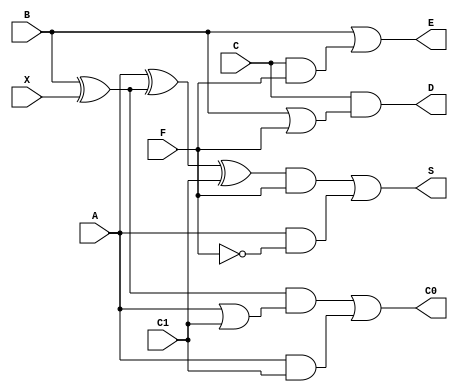
// arithmetic cell
module ac (input wire A, B, C, X, F, C1, output wire S, D, E, C0);
	assign S = ((A ^ (B ^ X) ^ C1) & F) | (A & ~F);
	assign C0 = ((B ^ X) & (A | C1)) | (A & C1);
	assign D = C & (B | F);
	assign E = B | (C & F);
endmodule


// control cell
module cc (input wire X, P, C0, output wire F);
	assign F = (C0 & X) | (P & ~X);
endmodule

// pipeline array
module gpca (input wire X, input wire [1:7] P, input wire [1:9] B, C, input wire [1:14] A, 
			output wire [1:7] F, output wire [1:15] S);

	wire [1:7]  FI;    
	wire [1:3]  C1;
	wire [1:5]  C2;
	wire [1:7]  C3;
	wire [1:9]  C4;
	wire [1:11] C5;
	wire [1:13] C6;
	wire [1:15] C7;
   	
   	wire [1:3]  S1;
   	wire [1:5]  S2;
   	wire [1:7]  S3;
   	wire [1:9]  S4;
   	wire [1:11] S5;
   	wire [1:13] S6;
   	wire [1:15] S7;

   	wire [1:3]  D1;
   	wire [1:5]  D2;
   	wire [1:7]  D3;
   	wire [1:9]  D4;
   	wire [1:11] D5;
   	wire [1:13] D6;
      
	wire [1:3]  E1;
	wire [1:5]  E2;
	wire [1:7]  E3;
	wire [1:9]  E4;
	wire [1:11] E5;
	wire [1:13] E6;
     
	assign F[1] =  C1[1];   
	assign F[2] =  C2[1];
	assign F[3] =  C3[1];
	assign F[4] =  C4[1];
	assign F[5] =  C5[1];
	assign F[6] =  C6[1];
	assign F[7] =  C7[1];

	assign S = S7;

	//control cells (X,P,C0 / F)
	cc cc1(X, P[1], C1[1], FI[1]);
	cc cc2(X, P[2], C2[1], FI[2]);
	cc cc3(X, P[3], C3[1], FI[3]);
	cc cc4(X, P[4], C4[1], FI[4]);
	cc cc5(X, P[5], C5[1], FI[5]);
	cc cc6(X, P[6], C6[1], FI[6]);
	cc cc7(X, P[7], C7[1], FI[7]);
		 
	// arithmetic cells of row 1
	ac ac11(.A(1'b0), .B(B[1]),.C(C[1]),.X(X),.F(FI[1]),.C1(C1[2]), .S(S1[1]), .D(D1[1]), .E(E1[1]),.C0(C1[1]));
	ac ac12(.A(A[1]), .B(B[2]),.C(C[2]),.X(X),.F(FI[1]),.C1(C1[3]), .S(S1[2]), .D(D1[2]), .E(E1[2]),.C0(C1[2]));
	ac ac13(.A(A[2]), .B(B[3]),.C(C[3]),.X(X),.F(FI[1]),.C1(X),.S(S1[3]), .D(D1[3]), .E(E1[3]),.C0(C1[3]));

	// arithmetic cells of row 2
	ac ac21(.A(S1[1]), .B(1'b0),.C(1'b0),.X(X),.F(FI[2]), .C1(C2[2]), .S(S2[1]), .D(D2[1]), .E(E2[1]),.C0(C2[1]));
	ac ac22(.A(S1[2]), .B(D1[1]), .C(E1[1]), .X(X),.F(FI[2]), .C1(C2[3]), .S(S2[2]), .D(D2[2]), .E(E2[2]),.C0(C2[2]));
	ac ac23(.A(S1[3]), .B(D1[2]), .C(E1[2]), .X(X),.F(FI[2]), .C1(C2[4]), .S(S2[3]), .D(D2[3]), .E(E2[3]),.C0(C2[3]));
	ac ac24(.A(A[3]), .B(D1[3]), .C(E1[3]), .X(X),.F(FI[2]),.C1(C2[5]), .S(S2[4]), .D(D2[4]), .E(E2[4]),.C0(C2[4]));
	ac ac25(.A(A[4]), .B(B[4]),.C(C[4]),.X(X),.F(FI[2]),.C1(X),.S(S2[5]), .D(D2[5]), .E(E2[5]),.C0(C2[5]));

	// arithmetic cells of row 3
	ac ac31(.A(S2[1]),.B(1'b0),.C(1'b0),.X(X),.F(FI[3]), .C1(C3[2]), .S(S3[1]), .D(D3[1]), .E(E3[1]),.C0(C3[1]));
	ac ac32(.A(S2[2]), .B(D2[1]), .C(E2[1]), .X(X),.F(FI[3]), .C1(C3[3]), .S(S3[2]), .D(D3[2]), .E(E3[2]),.C0(C3[2]));
	ac ac33(.A(S2[3]), .B(D2[2]), .C(E2[2]), .X(X),.F(FI[3]), .C1(C3[4]), .S(S3[3]), .D(D3[3]), .E(E3[3]),.C0(C3[3]));
	ac ac34(.A(S2[4]), .B(D2[3]), .C(E2[3]), .X(X),.F(FI[3]), .C1(C3[5]), .S(S3[4]), .D(D3[4]), .E(E3[4]),.C0(C3[4]));
	ac ac35(.A(S2[5]), .B(D2[4]), .C(E2[4]), .X(X),.F(FI[3]), .C1(C3[6]), .S(S3[5]), .D(D3[5]), .E(E3[5]),.C0(C3[5]));
	ac ac36(.A(A[5]), .B(D2[5]), .C(E2[5]), .X(X),.F(FI[3]),.C1(C3[7]), .S(S3[6]), .D(D3[6]), .E(E3[6]),.C0(C3[6]));
	ac ac37(.A(A[6]), .B(B[5]),.C(C[5]),.X(X),.F(FI[3]),.C1(X),.S(S3[7]), .D(D3[7]), .E(E3[7]),.C0(C3[7]));

	// arithmetic cells of row 4
	ac ac41(.A(S3[1]), .B(1'b0),.C(1'b0),.X(X),.F(FI[4]), .C1(C4[2]), .S(S4[1]), .D(D4[1]), .E(E4[1]),.C0(C4[1]));
	ac ac42(.A(S3[2]), .B(D3[1]), .C(E3[1]), .X(X),.F(FI[4]), .C1(C4[3]), .S(S4[2]), .D(D4[2]), .E(E4[2]),.C0(C4[2]));
	ac ac43(.A(S3[3]), .B(D3[2]), .C(E3[2]), .X(X),.F(FI[4]), .C1(C4[4]), .S(S4[3]), .D(D4[3]), .E(E4[3]),.C0(C4[3]));
	ac ac44(.A(S3[4]), .B(D3[3]), .C(E3[3]), .X(X),.F(FI[4]), .C1(C4[5]), .S(S4[4]), .D(D4[4]), .E(E4[4]),.C0(C4[4]));
	ac ac45(.A(S3[5]), .B(D3[4]), .C(E3[4]), .X(X),.F(FI[4]), .C1(C4[6]), .S(S4[5]), .D(D4[5]), .E(E4[5]),.C0(C4[5]));
	ac ac46(.A(S3[6]), .B(D3[5]), .C(E3[5]), .X(X),.F(FI[4]), .C1(C4[7]), .S(S4[6]), .D(D4[6]), .E(E4[6]),.C0(C4[6]));
	ac ac47(.A(S3[7]), .B(D3[6]), .C(E3[6]), .X(X),.F(FI[4]), .C1(C4[8]), .S(S4[7]), .D(D4[7]), .E(E4[7]),.C0(C4[7]));
	ac ac48(.A(A[7]), .B(D3[7]), .C(E3[7]), .X(X),.F(FI[4]),.C1(C4[9]), .S(S4[8]), .D(D4[8]), .E(E4[8]),.C0(C4[8]));
	ac ac49(.A(A[8]), .B(B[6]),.C(C[6]),.X(X),.F(FI[4]),.C1(X),.S(S4[9]), .D(D4[9]), .E(E4[9]),.C0(C4[9]));

	// arithmetic cells of row 5
	ac ac51(.A(S4[1]), .B(1'b0),.C(1'b0),.X(X),.F(FI[5]), .C1(C5[2]), .S(S5[1]), .D(D5[1]), .E(E5[1]),.C0(C5[1]));
	ac ac52(.A(S4[2]), .B(D4[1]), .C(E4[1]), .X(X),.F(FI[5]), .C1(C5[3]), .S(S5[2]), .D(D5[2]), .E(E5[2]),.C0(C5[2]));
	ac ac53(.A(S4[3]), .B(D4[2]), .C(E4[2]), .X(X),.F(FI[5]), .C1(C5[4]), .S(S5[3]), .D(D5[3]), .E(E5[3]),.C0(C5[3]));
	ac ac54(.A(S4[4]), .B(D4[3]), .C(E4[3]), .X(X),.F(FI[5]), .C1(C5[5]), .S(S5[4]), .D(D5[4]), .E(E5[4]),.C0(C5[4]));
	ac ac55(.A(S4[5]), .B(D4[4]), .C(E4[4]), .X(X),.F(FI[5]), .C1(C5[6]), .S(S5[5]), .D(D5[5]), .E(E5[5]),.C0(C5[5]));
	ac ac56(.A(S4[6]), .B(D4[5]), .C(E4[5]), .X(X),.F(FI[5]), .C1(C5[7]), .S(S5[6]), .D(D5[6]), .E(E5[6]),.C0(C5[6]));
	ac ac57(.A(S4[7]), .B(D4[6]), .C(E4[6]), .X(X),.F(FI[5]), .C1(C5[8]), .S(S5[7]), .D(D5[7]), .E(E5[7]),.C0(C5[7]));
	ac ac58(.A(S4[8]), .B(D4[7]), .C(E4[7]), .X(X),.F(FI[5]), .C1(C5[9]), .S(S5[8]), .D(D5[8]), .E(E5[8]),.C0(C5[8]));
	ac ac59(.A(S4[9]), .B(D4[8]), .C(E4[8]), .X(X),.F(FI[5]), .C1(C5[10]),.S(S5[9]), .D(D5[9]), .E(E5[9]),.C0(C5[9]));
	ac ac5a(.A(A[9]), .B(D4[9]), .C(E4[9]), .X(X),.F(FI[5]),.C1(C5[11]),.S(S5[10]), .D(D5[10]), .E(E5[10]),.C0(C5[10]));
	ac ac5b(.A(A[10]), .B(B[7]),.C(C[7]),.X(X),.F(FI[5]), .C1(X),.S(S5[11]), .D(D5[11]), .E(E5[11]),.C0(C5[11]));

	// arithmetic cells of row 6
	ac ac61(.A(S5[1]), .B(1'b0),.C(1'b0),.X(X),.F(FI[6]), .C1(C6[2]), .S(S6[1]), .D(D6[1]), .E(E6[1]),.C0(C6[1]));
	ac ac62(.A(S5[2]), .B(D5[1]), .C(E5[1]), .X(X),.F(FI[6]), .C1(C6[3]), .S(S6[2]), .D(D6[2]), .E(E6[2]),.C0(C6[2]));
	ac ac63(.A(S5[3]), .B(D5[2]), .C(E5[2]), .X(X),.F(FI[6]), .C1(C6[4]), .S(S6[3]), .D(D6[3]), .E(E6[3]),.C0(C6[3]));
	ac ac64(.A(S5[4]), .B(D5[3]), .C(E5[3]), .X(X),.F(FI[6]), .C1(C6[5]), .S(S6[4]), .D(D6[4]), .E(E6[4]),.C0(C6[4]));
	ac ac65(.A(S5[5]), .B(D5[4]), .C(E5[4]), .X(X),.F(FI[6]), .C1(C6[6]), .S(S6[5]), .D(D6[5]), .E(E6[5]),.C0(C6[5]));
	ac ac66(.A(S5[6]), .B(D5[5]), .C(E5[5]), .X(X),.F(FI[6]), .C1(C6[7]), .S(S6[6]), .D(D6[6]), .E(E6[6]),.C0(C6[6]));
	ac ac67(.A(S5[7]), .B(D5[6]), .C(E5[6]), .X(X),.F(FI[6]), .C1(C6[8]), .S(S6[7]), .D(D6[7]), .E(E6[7]),.C0(C6[7]));
	ac ac68(.A(S5[8]), .B(D5[7]), .C(E5[7]), .X(X),.F(FI[6]), .C1(C6[9]), .S(S6[8]), .D(D6[8]), .E(E6[8]),.C0(C6[8]));
	ac ac69(.A(S5[9]), .B(D5[8]), .C(E5[8]), .X(X),.F(FI[6]), .C1(C6[10]),.S(S6[9]), .D(D6[9]), .E(E6[9]),.C0(C6[9]));
	ac ac6a(.A(S5[10]), .B(D5[9]), .C(E5[9]), .X(X),.F(FI[6]), .C1(C6[11]),.S(S6[10]), .D(D6[10]), .E(E6[10]),.C0(C6[10]));
	ac ac6b(.A(S5[11]), .B(D5[10]), .C(E5[10]), .X(X),.F(FI[6]), .C1(C6[12]),.S(S6[11]), .D(D6[11]), .E(E6[11]),.C0(C6[11]));
	ac ac6c(.A(A[11]), .B(D5[11]), .C(E5[11]), .X(X),.F(FI[6]), .C1(C6[13]),.S(S6[12]), .D(D6[12]), .E(E6[12]),.C0(C6[12]));
	ac ac6d(.A(A[12]), .B(B[8]),.C(C[8]),.X(X),.F(FI[6]), .C1(X),.S(S6[13]), .D(D6[13]), .E(E6[13]),.C0(C6[13]));

	// arithmetic cells of row 7
	ac ac71(.A(S6[1]), .B(1'b0),.C(1'b0),.X(X),.F(FI[7]), .C1(C7[2]), .S(S7[1]), .D(), .E(),.C0(C7[1]));
	ac ac72(.A(S6[2]), .B(D6[1]), .C(E6[1]), .X(X),.F(FI[7]), .C1(C7[3]), .S(S7[2]), .D(), .E(),.C0(C7[2]));
	ac ac73(.A(S6[3]), .B(D6[2]), .C(E6[2]), .X(X),.F(FI[7]), .C1(C7[4]), .S(S7[3]), .D(), .E(),.C0(C7[3]));
	ac ac74(.A(S6[4]), .B(D6[3]), .C(E6[3]), .X(X),.F(FI[7]), .C1(C7[5]), .S(S7[4]), .D(), .E(),.C0(C7[4]));
	ac ac75(.A(S6[5]), .B(D6[4]), .C(E6[4]), .X(X),.F(FI[7]), .C1(C7[6]), .S(S7[5]), .D(), .E(),.C0(C7[5]));
	ac ac76(.A(S6[6]), .B(D6[5]), .C(E6[5]), .X(X),.F(FI[7]), .C1(C7[7]), .S(S7[6]), .D(), .E(),.C0(C7[6]));
	ac ac77(.A(S6[7]), .B(D6[6]), .C(E6[6]), .X(X),.F(FI[7]), .C1(C7[8]), .S(S7[7]), .D(), .E(),.C0(C7[7]));
	ac ac78(.A(S6[8]), .B(D6[7]), .C(E6[7]), .X(X), .F(FI[7]), .C1(C7[9]), .S(S7[8]), .D(),.E(),.C0(C7[8]));
	ac ac79(.A(S6[9]), .B(D6[8]), .C(E6[8]), .X(X), .F(FI[7]), .C1(C7[10]),.S(S7[9]), .D(),.E(),.C0(C7[9]));
	ac ac7a(.A(S6[10]), .B(D6[9]), .C(E6[9]), .X(X),.F(FI[7]), .C1(C7[11]),.S(S7[10]), .D(),.E(),.C0(C7[10]));
	ac ac7b(.A(S6[11]), .B(D6[10]), .C(E6[10]), .X(X), .F(FI[7]), .C1(C7[12]),.S(S7[11]), .D(), .E(),.C0(C7[11]));
	ac ac7c(.A(S6[12]), .B(D6[11]), .C(E6[11]), .X(X),.F(FI[7]), .C1(C7[13]),.S(S7[12]), .D(), .E(),.C0(C7[12]));
	ac ac7d(.A(S6[13]), .B(D6[12]), .C(E6[12]), .X(X),.F(FI[7]), .C1(C7[14]),.S(S7[13]), .D(), .E(),.C0(C7[13]));
	ac ac7e(.A(A[13]), .B(D6[13]), .C(E6[13]), .X(X),.F(FI[7]), .C1(C7[15]),.S(S7[14]), .D(), .E(),.C0(C7[14]));
	ac ac7f(.A(A[14]), .B(B[9]),  .C(C[9]), .X(X),.F(FI[7]), .C1(X), .S(S7[15]), .D(), .E(),.C0(C7[15]));
endmodule